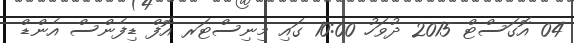
04 އޮގަސްޓް 2015 ދުވަހު 10:00 ގައި މިނިސްޓަރ އޮފް ޑިފެންސް އެންޑް